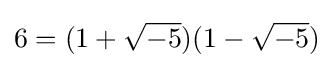
6=(1+{\sqrt {-5}})(1-{\sqrt {-5}})